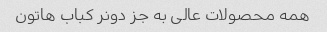
همه محصولات عالی به جز دونر کباب هاتون